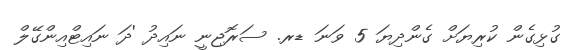
ގުޅިގެން ކުރިޔަށް ގެންދިޔަ 5 ވަނަ ޑރ. ސަރޮޖިނީ ނައިދު 'ދަ ނައިޓްއިންގޭލް